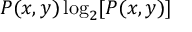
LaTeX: P ( x , y ) \log _ { 2 } [ P ( x , y ) ]